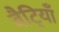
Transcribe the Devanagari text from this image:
बैट्रियाँ